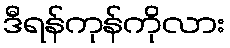
ဒီရန်ကုန်ကိုလား